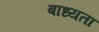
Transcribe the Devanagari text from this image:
बाध्‍यता